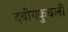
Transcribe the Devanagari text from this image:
दबीगकुचली